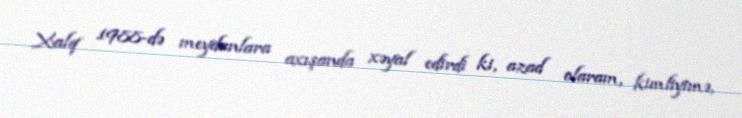
Xalq 1988-də meydanlara axışanda xəyal edirdi ki, azad olaram, kimliyimə,